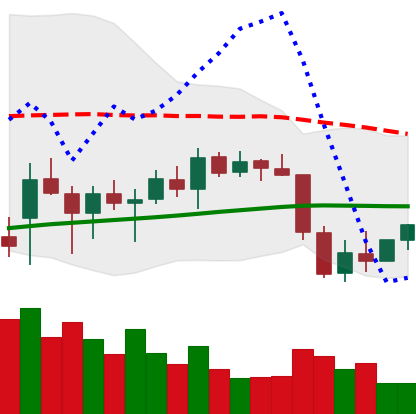
Ticker: ETH-USD
Chart end date: 2022-01-02
Forward return: -16.617%
Label: down_7plus